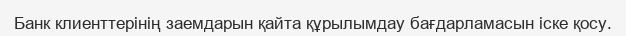
Банк клиенттерінің заемдарын қайта құрылымдау бағдарламасын іске қосу.